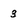
Character: 3